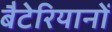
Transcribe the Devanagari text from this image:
बैटेरियानों